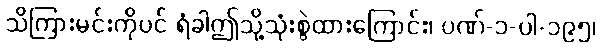
သိကြားမင်းကိုပင် ရံခါဤသို့သုံးစွဲထားကြောင်း၊ ပဏ်-၁-ပါ-၁၉၅၊